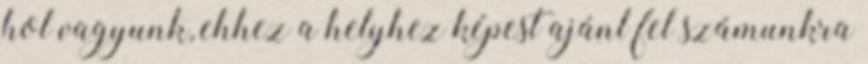
hol vagyunk, ehhez a helyhez képest ajánl fel számunkra